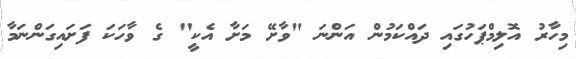
މިހާރު އޮލިމްޕަހުގައި ދައްކަމުން އަންނަ "ވާށޭ މަށާ އެކީ" ގެ ވާހަކަ ފަށައިގަންނަމާ